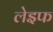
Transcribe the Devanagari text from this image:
लेइफ